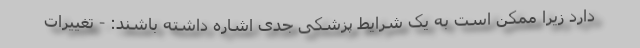
دارد زیرا ممکن است به یک شرایط پزشکی جدی اشاره داشته باشند: - تغییرات